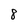
Character: 8